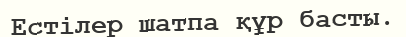
Естілер шатпа құр басты.